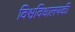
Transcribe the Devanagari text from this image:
विश्वविधालयकी